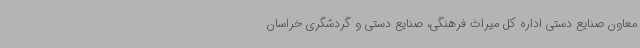
معاون صنایع دستی اداره کل میراث فرهنگی، صنایع دستی و گردشگری خراسان